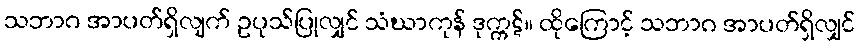
သဘာဂ အာပတ်ရှိလျက် ဥပုသ်ပြုလျှင် သံဃာကုန် ဒုက္ကဋ်။ ထိုကြောင့် သဘာဂ အာပတ်ရှိလျှင်